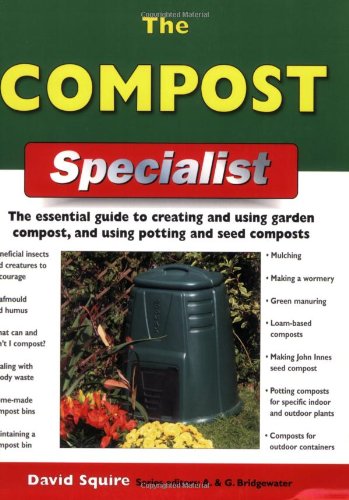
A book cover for The Compost Specialist: The Essential Guide to Creating and Using Garden Compost, and Using Potting and Seed Composts (Specialist Series); David Squire; Engineering & Transportation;